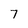
Character: 7